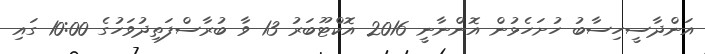
އަންދާސީހިސާބު ހުށަހެޅުން އޮންނާނީ 2016 އޮކްޓޫބަރު 13 ވާ ބުރާސްފަތިދުވަހުގެ 10:00 ގައި